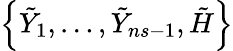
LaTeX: \left\{ \tilde{Y}_{1},\ldots,\tilde{Y}_{ns-1},\tilde{H}\right\}